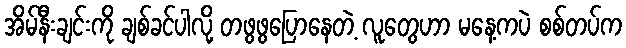
အိမ်နီးချင်းကို ချစ်ခင်ပါလို့ တဖွဖွပြောနေတဲ့ လူတွေဟာ မနေ့ကပဲ စစ်တပ်က